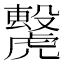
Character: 𧈌